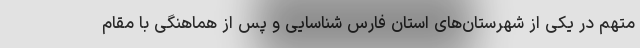
متهم در یکی از شهرستان‌های استان فارس شناسایی و پس از هماهنگی با مقام